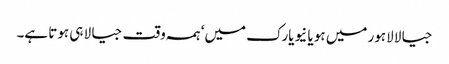
جیالا لاہور میں ہو یا نیویارک میں‘ ہمہ وقت جیالا ہی ہوتا ہے۔